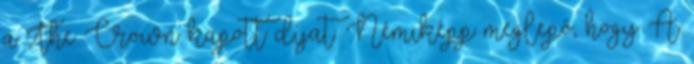
a The Crown kapott díjat. Némiképp meglepő, hogy A